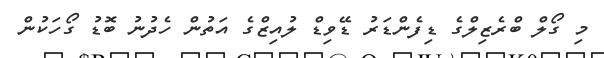
މި ގޯލް ބްރެޒިލްގެ ޑިފެންޑަރު ޑޭވިޑް ލުއިޒްގެ އަތުން ހެދުނު ބޮޑު ގޯހަކުން